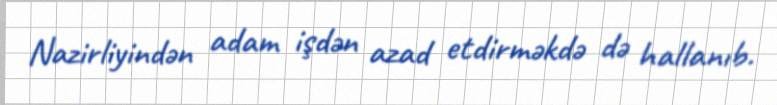
Nazirliyindən adam işdən azad etdirməkdə də hallanıb.